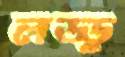
লড্ডু